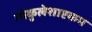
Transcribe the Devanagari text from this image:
गोकुलेशाष्टकम